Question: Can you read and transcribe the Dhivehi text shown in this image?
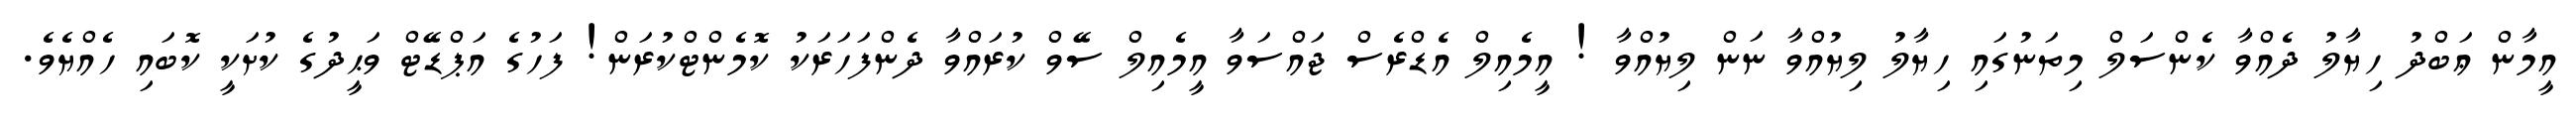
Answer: އީމާން ޢަބްދު ހިޔާލު ދެއްވާ ކެންސަލް މިތަނުގައި ހިޔާލު ލިޔުއްވާ ނަން ލިޔުއްވާ ! އީމެއިލް އެޑްރެސް ޖައްސަވާ އީމެއިލް ސޭވް ކުރައްވާ ދެންފަހަރަކު ކޮމެންޓްކުރަން! ފަހުގެ އަޕްޑޭޓް ވަޙީދުގެ ކުށަކީ ކޮބައި ހެއްޔެވެ.